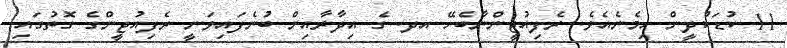
11 ކުޑަކުދީން ހިމެނެއެވެ. ރެފިއުޖީންނާބެހޭ އދ. ގެ އިދާރާއިން ބުނެފައިވަނީ ރެފިއުޖީންގެ ގޮތުގައި